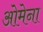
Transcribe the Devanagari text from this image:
ओमेना